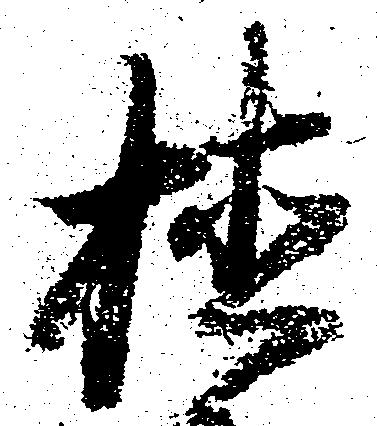
植